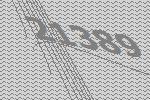
21389